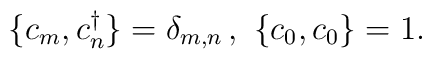
\{c_m,c_n^\dagger\}=\delta_{m,n}\, ,\ \{c_0,c_0\}=1.